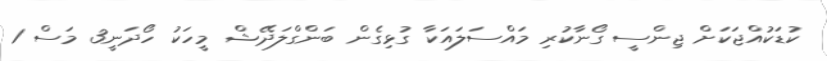
ކުޑަކުއްޖަކަށް ޖިންސީ ގޯނާކުރި މައްސަލައަކާ ގުޅިގެން ބަންގްލަދޭޝް މީހަކު ހޯދަނީ3 މަސް 1